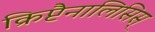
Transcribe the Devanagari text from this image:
क्रिप्टैनालिसिस्